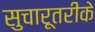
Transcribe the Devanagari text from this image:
सुचारूतरीके